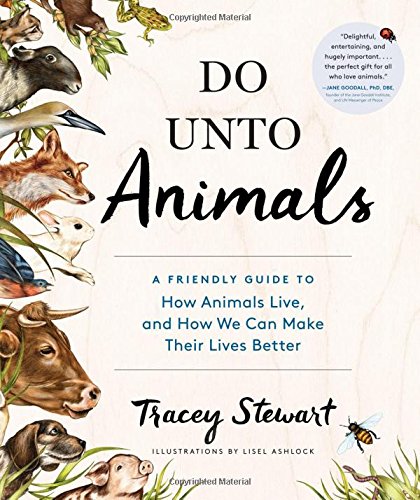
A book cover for Do Unto Animals: A Friendly Guide to How Animals Live, and How We Can Make Their Lives Better; Tracey Stewart; Crafts, Hobbies & Home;